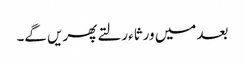
بعد میں ورثاء رلتے پھریں گے۔